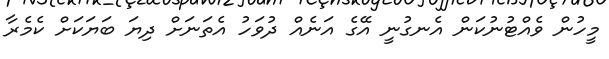
މީހުން ވެއްޓުނުކަން އެނގުނީ އޭގެ އަނެއް ދުވަހު އެތަނަށް ދިޔަ ބަޔަކަށް ކެމެރާ